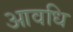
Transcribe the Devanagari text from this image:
आवधि